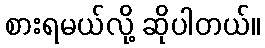
စားရမယ်လို့ ဆိုပါတယ်။